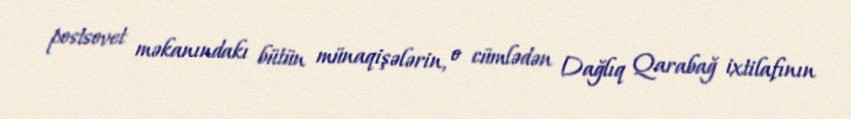
postsovet məkanındakı bütün münaqişələrin, o cümlədən Dağlıq Qarabağ ixtilafının